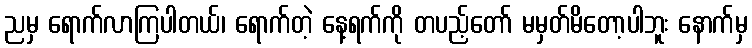
ညမှ ရောက်လာကြပါတယ်၊ ရောက်တဲ့ နေ့ရက်ကို တပည့်တော် မမှတ်မိတော့ပါဘူး နောက်မှ